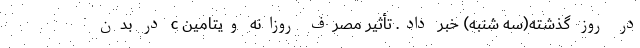
در روز گذشته(سه شنبه) خبر داد. تأثیر مصرف روزانه ویتامین c در بدن